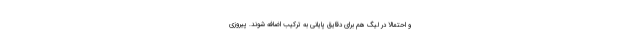
و احتمالاً در لیگ هم برای دقایق پایانی به ترکیب اضافه شوند. پیروزی